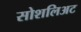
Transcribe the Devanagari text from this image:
सोशलिअट